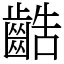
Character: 䶜